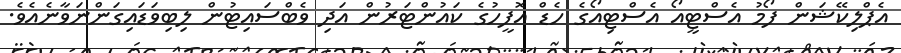
އެޕްލިކޭޝަން ފޯމު އެސްޓީއޯ އެސްޓިއޯގެ ހެޑް އޮފީހުގެ ކައުންޓަރުން އަދި ވެބްސައިޓުން ލިބިވަޑައިގަންނަވާނެއެވެ.